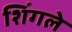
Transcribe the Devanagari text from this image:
शिंगले